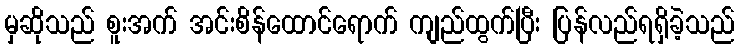
မှဆိုသည် စူးအက် အင်းစိန်ထောင်ရောက် ကျည်ထွက်ပြီး ပြန်လည်ရရှိခဲ့သည်